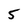
Character: 5